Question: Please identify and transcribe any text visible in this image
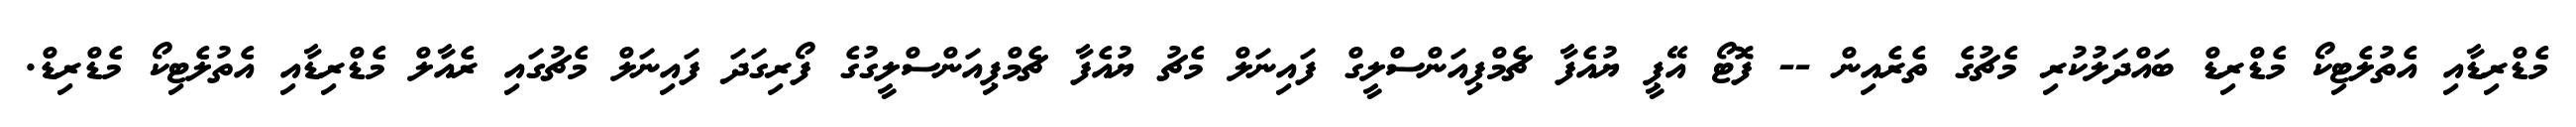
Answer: މެޑްރިޑާއި އެތުލެޓިކޯ މެޑްރިޑް ބައްދަލުކުރި މެޗުގެ ތެރެއިން -- ފޮޓޯ އޭޕީ ޔުއެފާ ޗެމްޕިއަންސްލީގް ފައިނަލް މެޗު ޔުއެފާ ޗެމްޕިއަންސްލީގުގެ ފޯރިގަދަ ފައިނަލް މެޗުގައި ރެއާލް މެޑްރިޑާއި އެތުލެޓިކޯ މެޑްރިޑް.